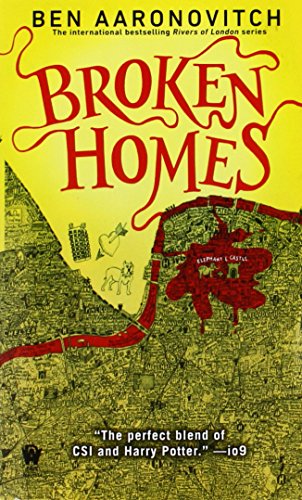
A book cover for Broken Homes: A Rivers of London Novel; Ben Aaronovitch; Mystery, Thriller & Suspense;